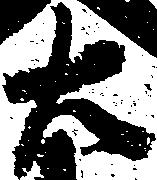
右